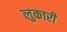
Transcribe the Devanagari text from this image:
लुकारी